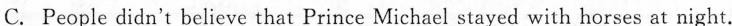
C.People didn't believe that Prince Michael stayed with horses at night.